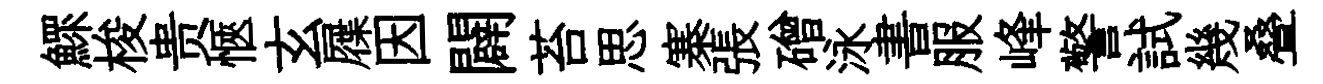
鰥梭贵愜玄屧因闢苔思寨張磳泳書服峰警試幾叠